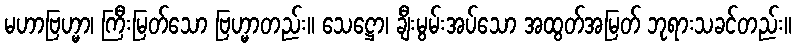
မဟာဗြဟ္မာ၊ ကြီးမြတ်သော ဗြဟ္မာတည်း။ သေဋ္ဌော၊ ချီးမွမ်းအပ်သော အထွတ်အမြတ် ဘုရားသခင်တည်း။